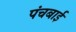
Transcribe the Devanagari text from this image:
पंचबाई